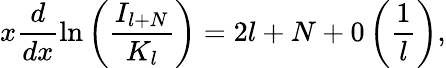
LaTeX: x\displaystyle\frac{d}{dx}\ln\left(\displaystyle\frac{I_{l+N}}{K_{l}}\right)=2l+N+0\left(\displaystyle\frac{1}{l}\right),